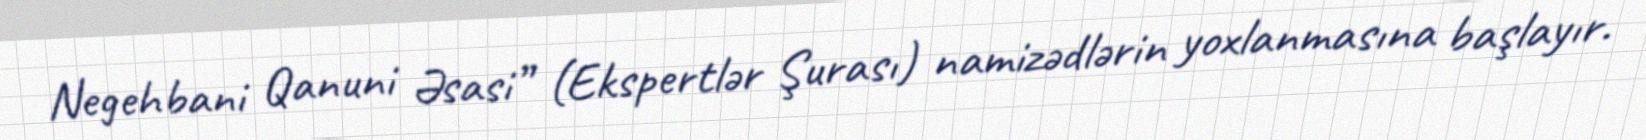
Negehbani Qanuni Əsasi” (Ekspertlər Şurası) namizədlərin yoxlanmasına başlayır.